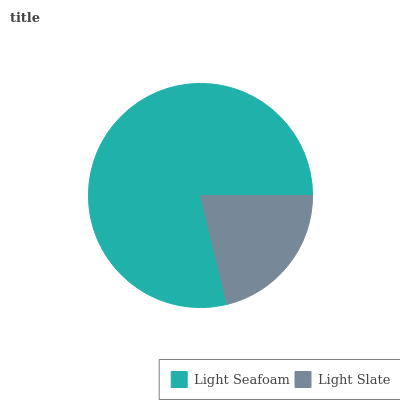
| Light Seafoam | Light Slate |
 | --- | --- |
 | 78.8% | 21.2% |